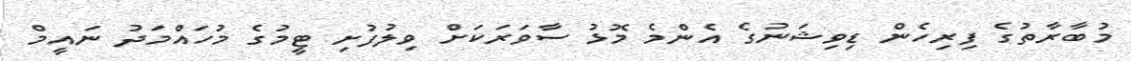
މުބާރާތުގެ ފިރިހެން ޑިވިޝަނުގެ އެންމެ މޮޅު ސާވަރަކަށް ވިލުފުށި ޓީމުގެ މުހައްމަދު ނައީމް